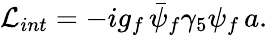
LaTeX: {\cal L}_{int}=-ig_{f}\, \bar{\psi}_{f}\gamma_{5}\psi_{f}\, a.